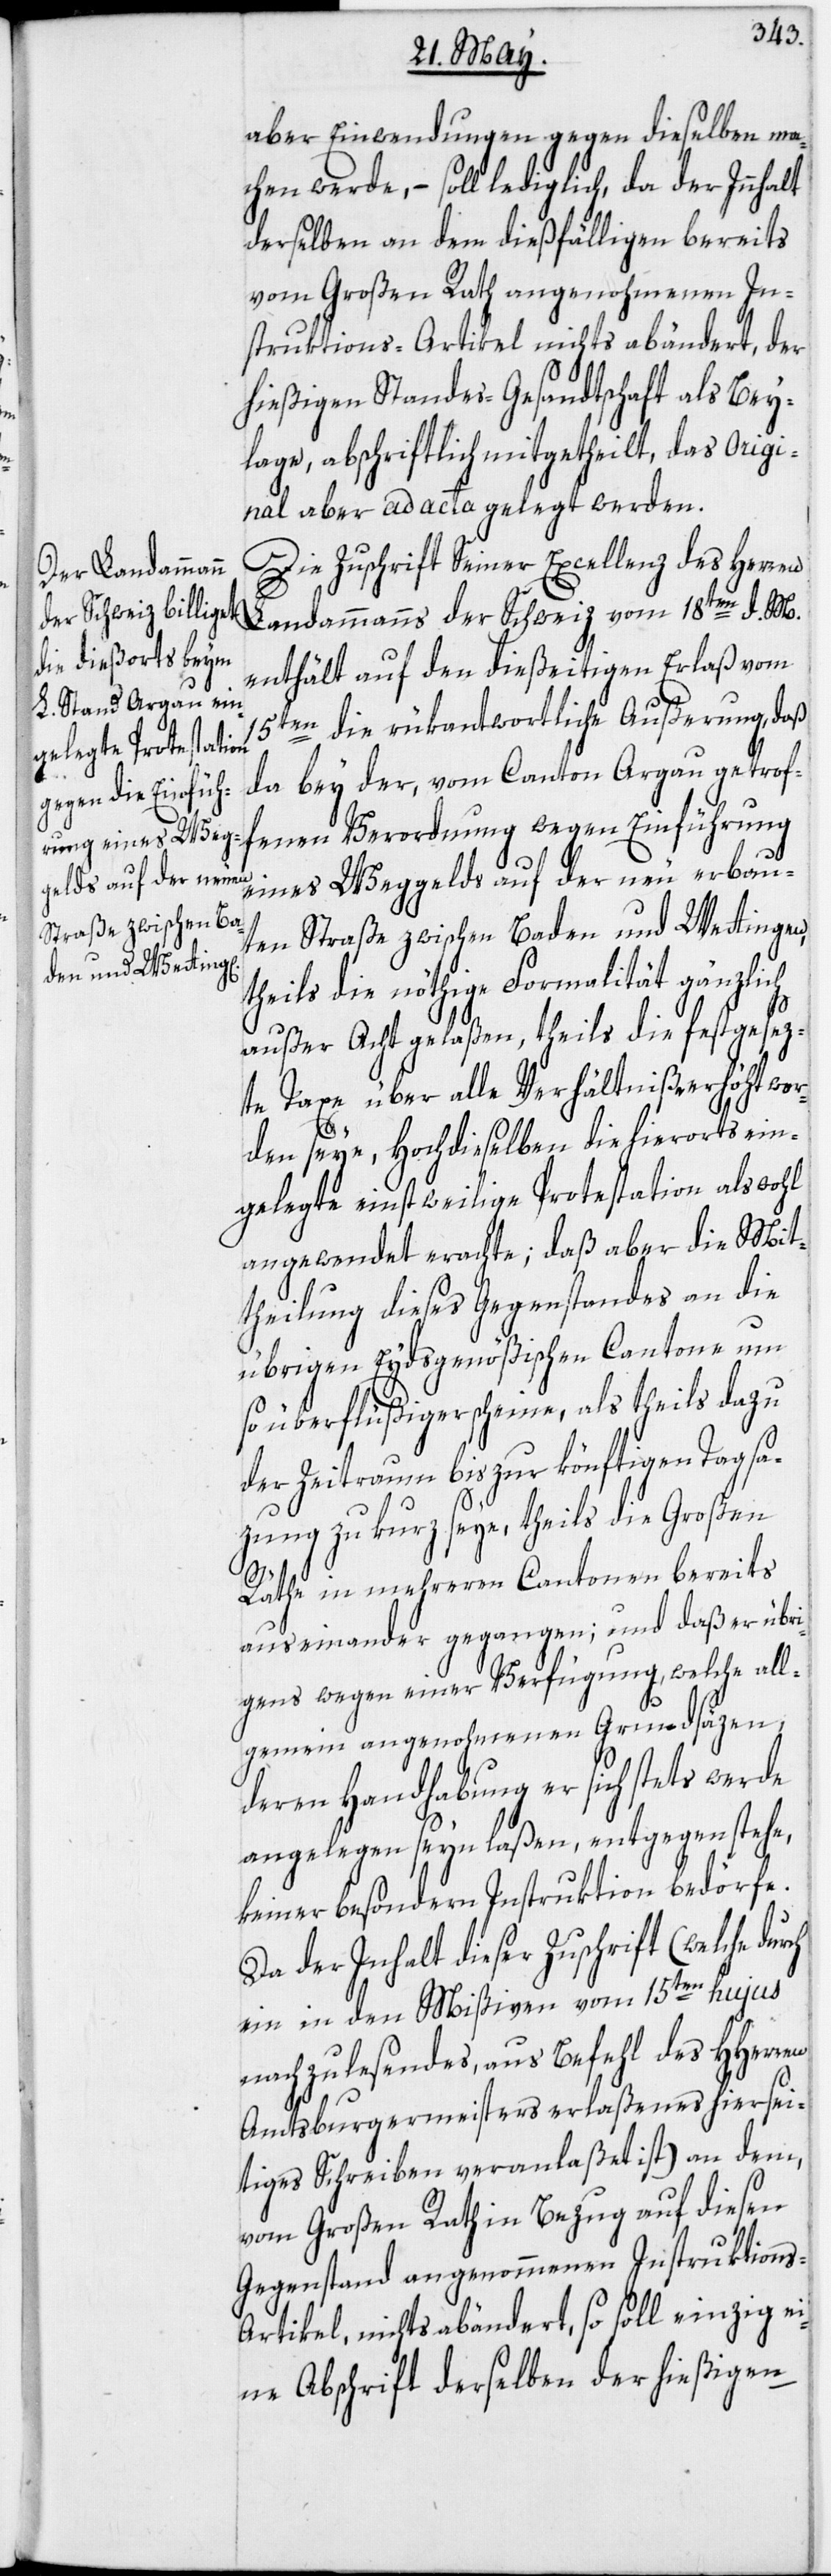
aber Einwendungen gegen dieselben ma¬
chen werde, – soll lediglich, da der Innhalt
derselben an dem dießfälligen bereits
vom Großen Rath angenohmenen In¬
struktions-Artikel nichts abändert, der
hießigen Standes-Gesandtschaft als Bey¬
lage, abschriftlich mitgetheilt, das Origi¬
nal aber ad acta gelegt werden.
Die Zuschrift Seiner Excellenz des Herren
Landammanns der Schweiz vom 18ten d. M.
enthält auf den dießeitigen Erlaß vom
15ten die rükantwortliche Außerung, daß
da bey der, vom Canton Argau getrof¬
fenen Verordnung wegen Einführung
eines Weggelds auf der neu erbau¬
ten Straße zwischen Baden und Wettingen,
theils die nöthige Formalität gänzlich
außer Acht gelaßen, theils die festgesez¬
te Taxe über alle Verhältniße erhöht wor¬
ch
den seye, Hochdieselben die hierorts ein¬
gelegte einstweilige Protestation als wohl
angewendet erachte; daß aber die Mit¬
theilung dieses Gegenstandes an die
übrigen Eydsgenößischen Cantone um
so überflüßiger scheine, als theils dazu
der Zeitraum bis zur könftigen Tagsa¬
zung zu kurz seye, theils die Großen
Räthe in mehreren Cantonen bereits
auseinander gegangen; und daß er übri¬
gens wegen einer Verfügung, welche all¬
gemein angenohmenen Grundsäzen,
deren Handhabung er sich stets werde
angelegen seyn laßen, entgegenstehe,
keiner besondern Instruktion bedörfe.
Da der Inhalt dieser Zuschrift (welche dur¬
ein in den Mißiven vom 15ten hujus
nachzulesendes, aus Befehl des HHerren
Amtsburgermeisters erlaßenes hiersei¬
tiges Schreiben veranlaßet ist) an dem,
vom Großen Rath in Bezug auf diesen
Gegenstand angenommenen Instruktions-A¬
rtikel, nichts abändert, so soll einzig ei¬
ne Abschrift derselben der hießigen